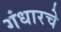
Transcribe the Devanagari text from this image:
गंधारचे